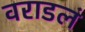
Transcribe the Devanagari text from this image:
वराडलं